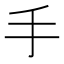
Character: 手